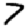
Digit: 7